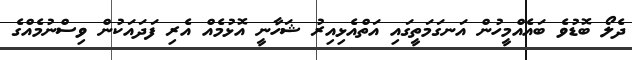
ދެލޯ ބޮޑުވެ ބައެއްމީހުން އަނގަމަތީގައި އަތްއެޅިއިރު ޝަހާނީ އޮޅުމެއް އެރި ފަދައަކުން ވިސްނުމެއްގެ